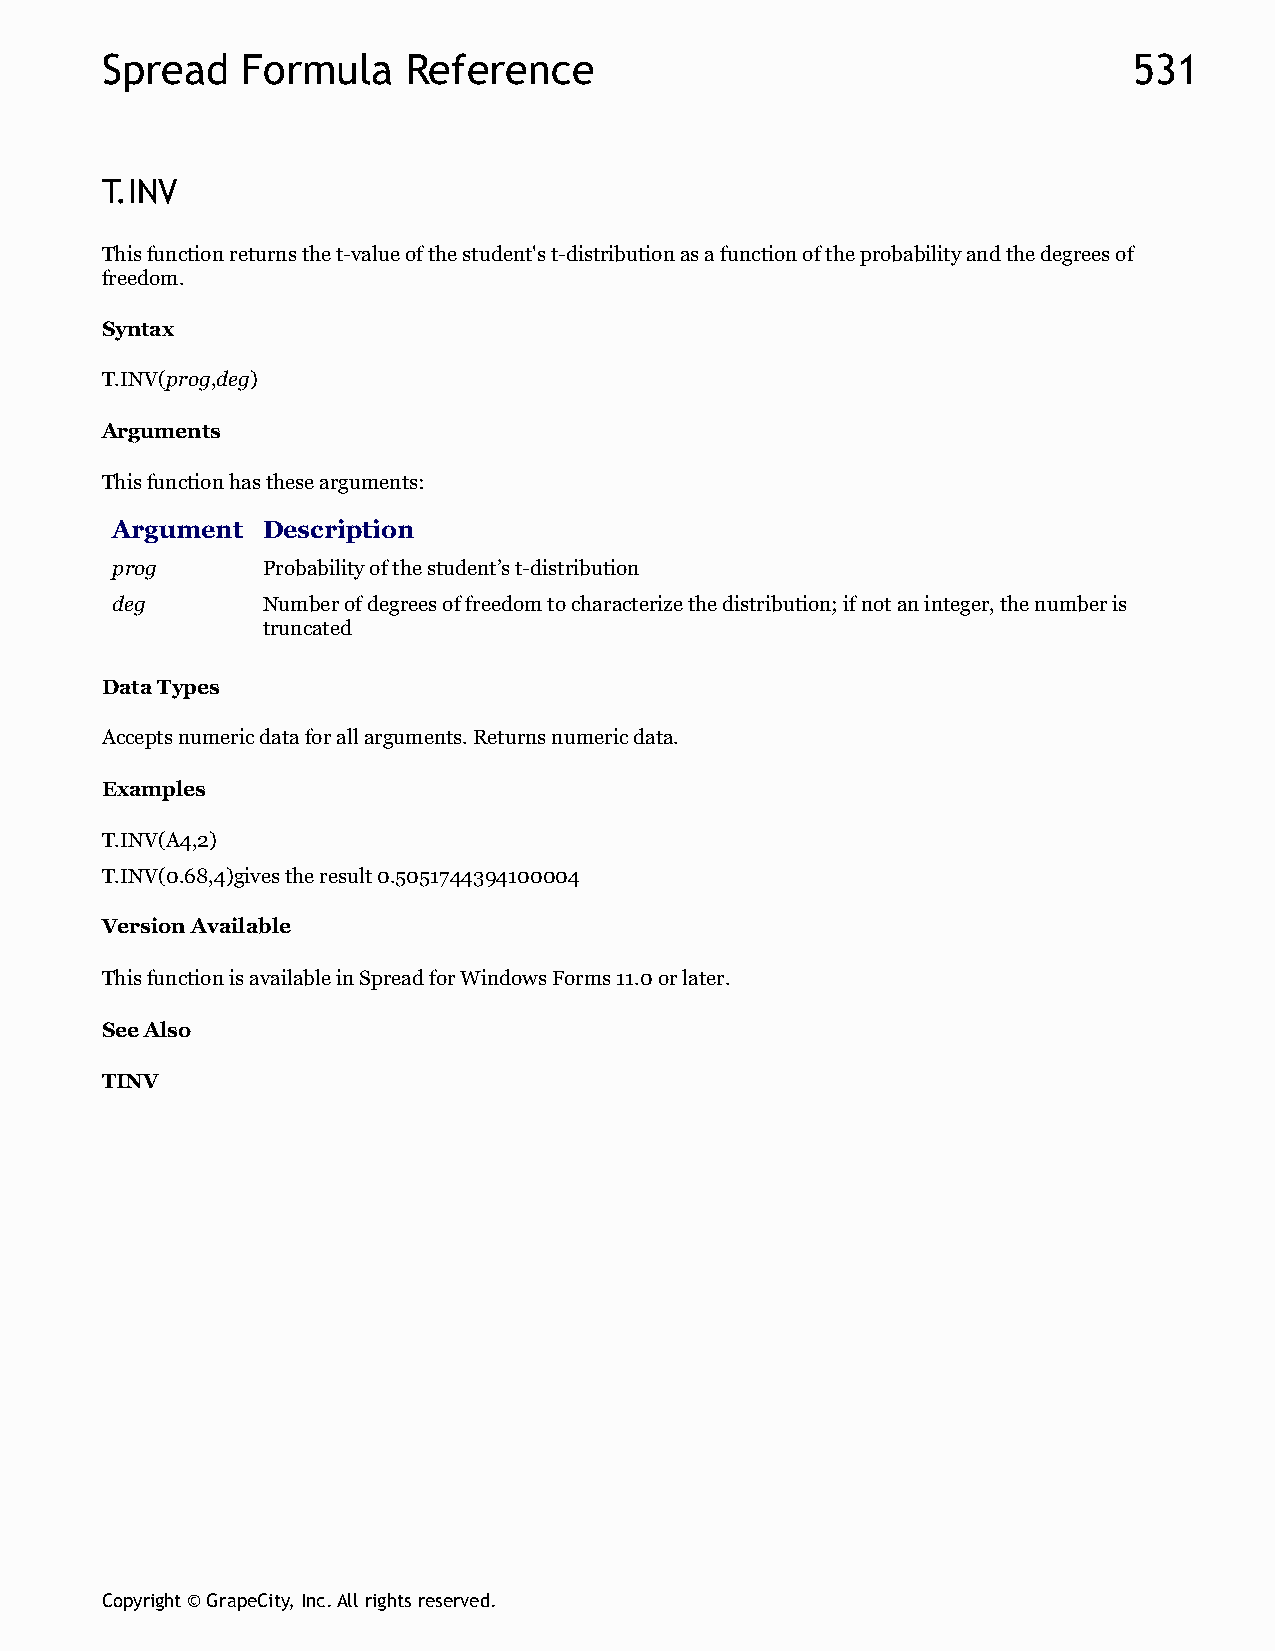
Spread   Formula    Reference                                       531
 T.INV
 This function returns the t-value of the student's t-distribution as a function of the probability and the degrees of
 freedom.
 Syntax
 T.INV(prog,deg)
 Arguments
 This function has these arguments:
 Argument  Description
 prog      Probability of the student’s t-distribution
 deg       Number of degrees of freedom to characterize the distribution; if not an integer, the number is
 truncated
 Data Types
 Accepts numeric data for all arguments. Returns numeric data.
 Examples
 T.INV(A4,2)
 T.INV(0.68,4)gives the result 0.5051744394100004
 Version Available
 This function is available in Spread for Windows Forms 11.0 or later.
 See Also
 TINV
 Copyright © GrapeCity, Inc. All rights reserved.